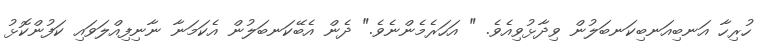
ހުރިހާ އަނބިއަނބިކަނބަލުން ވިދާޅުވިއެވެ. " އަހަރެމެންނެވެ." ދެން އެބޭކަނބަލުން އެކަމަނާ ނާނިފިއްލަވައި ކަފުންކޮޅު